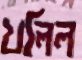
খলিল